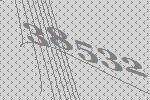
38532